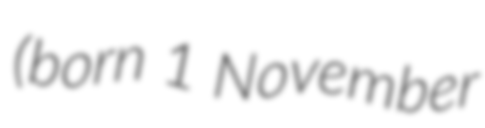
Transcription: (born 1 November